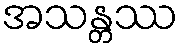
အသန္တဿ